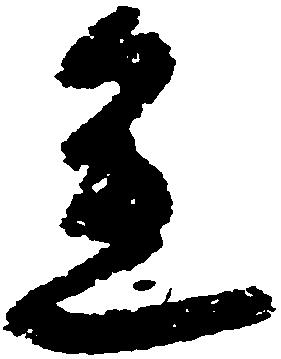
兼